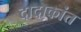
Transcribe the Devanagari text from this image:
दादाकांत